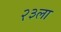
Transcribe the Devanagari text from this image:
२३ला